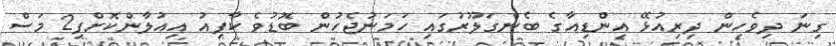
ގިނަ ދިވެހިން ދިރިއުޅޭ އިންޑިއާގެ ބެންގަލޫރުގައި ހަމަނުޖެހުން ބޮޑުވެ ކާފިއު އިއުލާންކޮށްފި2 މަސް